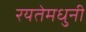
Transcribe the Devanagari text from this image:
रयतेमधुनी